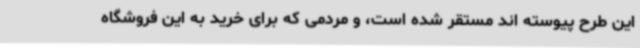
این طرح پیوسته اند مستقر شده است، و مردمی که برای خرید به این فروشگاه